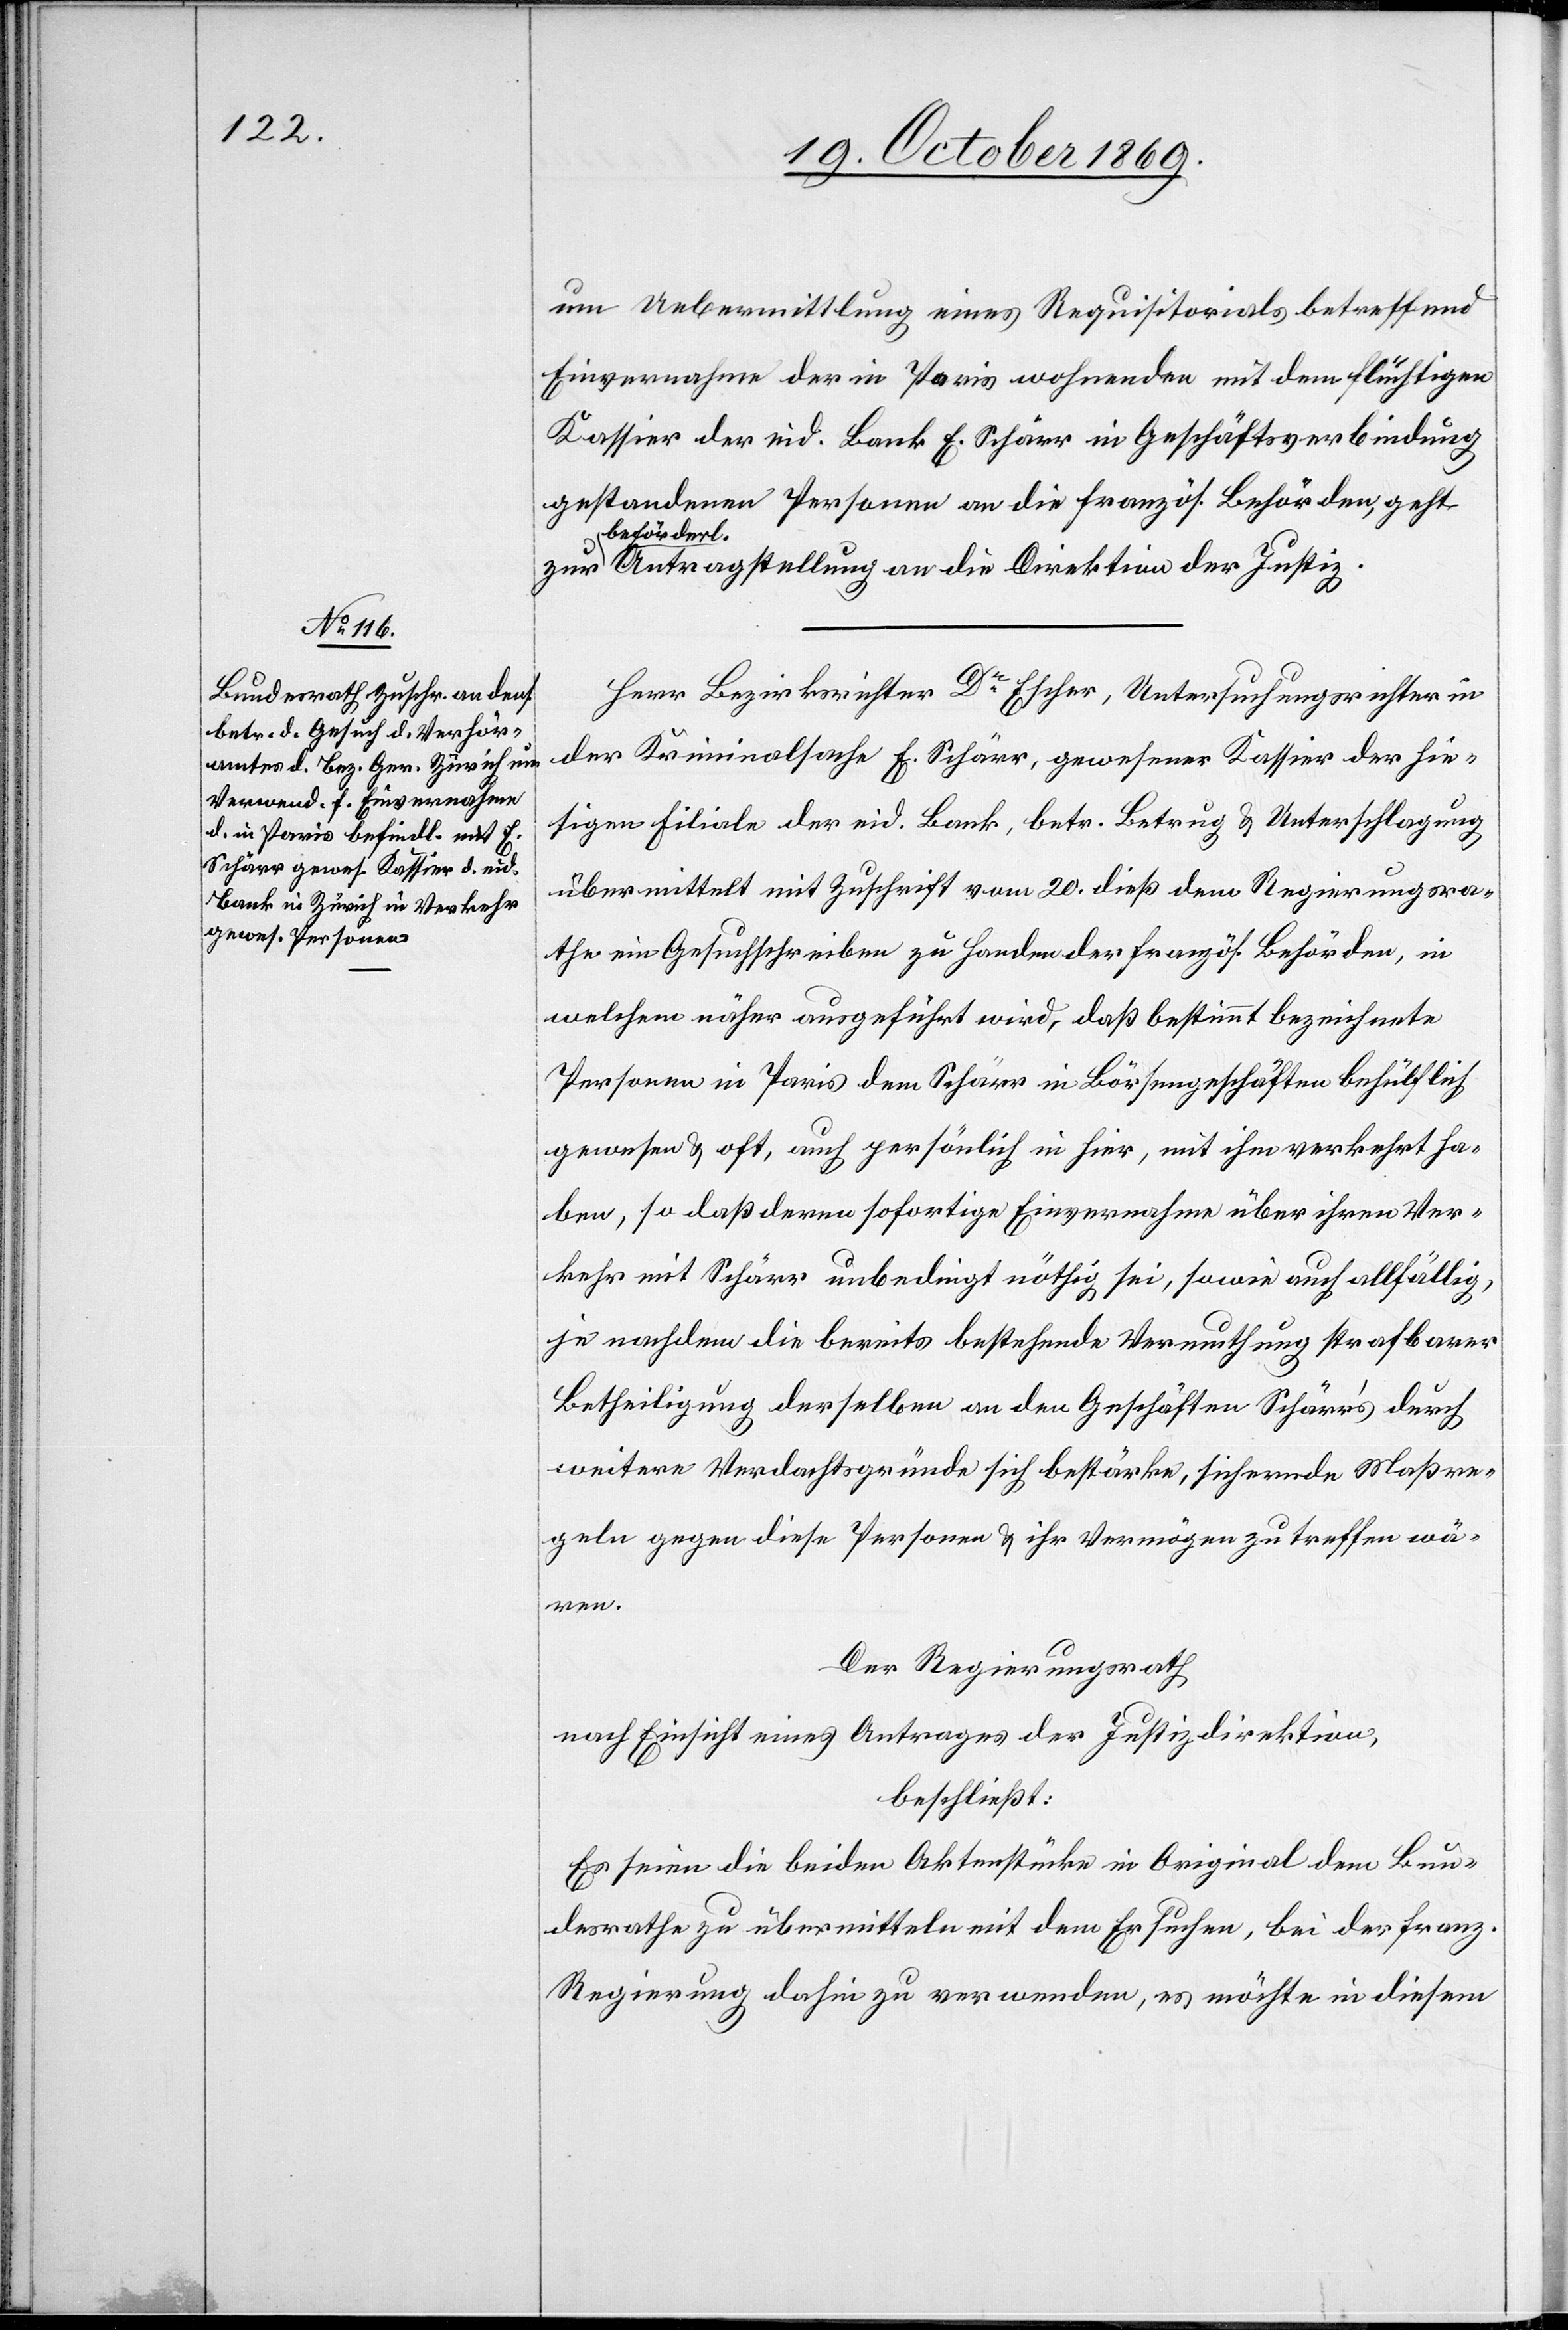
21. October 1869.]
um Uebermittlung eines Requisitorials betreffend
Einvernahme der in Paris wohnenden mit dem flüchtigen
Kassier der eid. Bank E. Schärr in Geschäftsverbindung
gestandenen Personen an die französ. Behörden, geht
beförderl.
Antragstellung an die Direktion der Justiz.
Herr Bezirksrichter Dr Escher, Untersuchungsrichter in
der Kriminalsache E. Schärr, gewesener Kassier der hie¬
sigen Filiale der eid. Bank, betr. Betrug & Unterschlagung
übermittelt mit Zuschrift vom 20. dieß dem Regierungsra¬
the ein Gesuchschreiben zu Handen der französ. Behörden, in
welchem näher ausgeführt wird, daß bestimmt bezeichnete
Personen in Paris dem Schärr in Börsengeschäften behülflich
gewesen & oft, auch persönlich in hier, mit ihm verkehrt ha¬
ben, so daß deren sofortige Einvernahme über ihren Ver¬
kehr mit Schärr unbedingt nöthig sei, sowie auch allfällig,
je nachdem die bereits bestehende Vermuthung strafbarer
Betheiligung derselben an den Geschäften Schärr’s durch
weitere Verdachtsgründe sich bestärke, sichernde Maßre¬
geln gegen diese Personen & ihr Vermögen zu treffen wä¬
ren.
Der Regierungsrath
nach Einsicht eines Antrages der Justizdirektion,
beschließt:
Es seien die beiden Aktenstücke in Original dem Bun¬
desrathe zu übermitteln mit dem Ersuchen, [sich] bei der franz.
Regierung dahin zu verwenden, es möchte in diesem